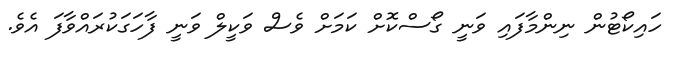
ހައިކޯޓުން ނިންމާފައި ވަނީ ގޯސްކޮށް ކަމަށް ވެސް ވަކީލް ވަނީ ފާހަގަކުރައްވާފަ އެވެ.